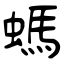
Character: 螞